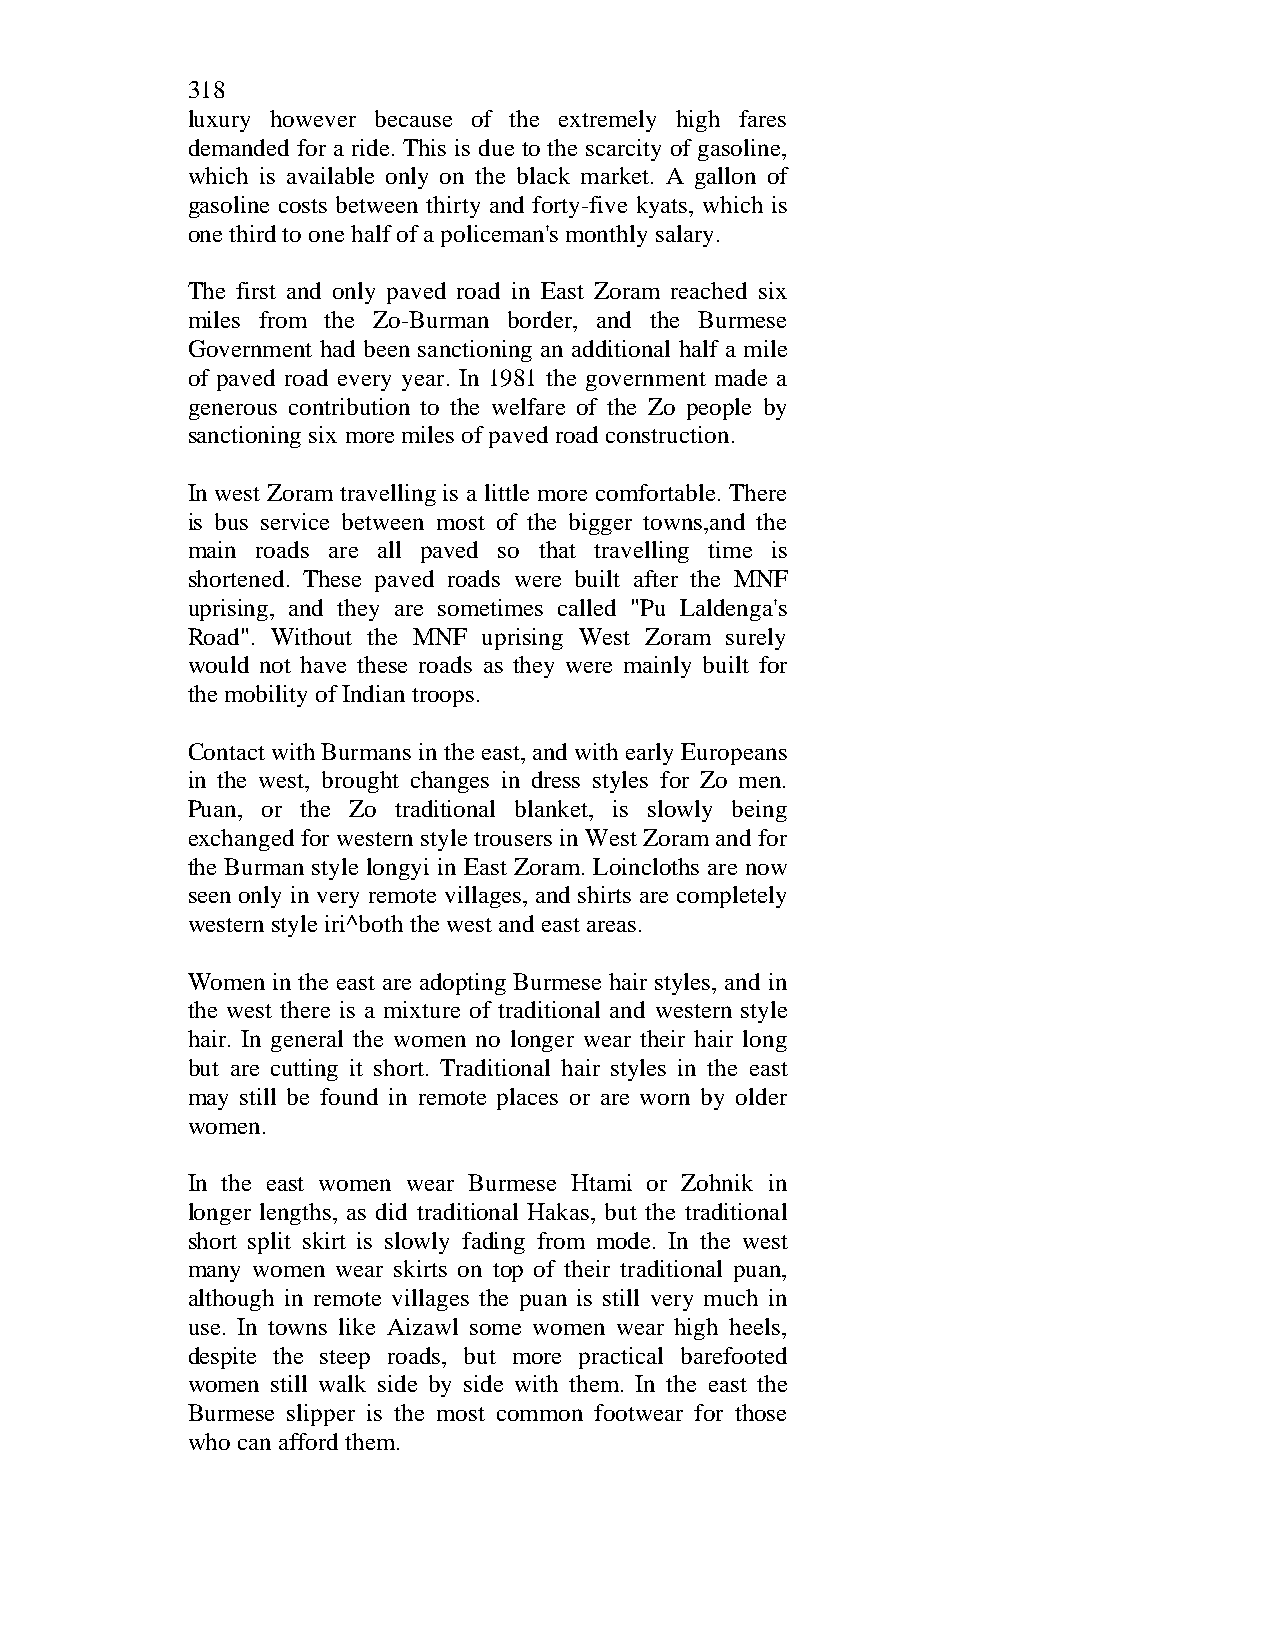
318
 luxury however because of the extremely high fares
 demanded for a ride. This is due to the scarcity of gasoline,
 which is available only on the black market. A gallon of
 gasoline costs between thirty and forty-five kyats, which is
 one third to one half of a policeman's monthly salary.
 The first and only paved road in East Zoram reached six
 miles from the Zo-Burman border, and the Burmese
 Government had been sanctioning an additional half a mile
 of paved road every year. In 1981 the government made a
 generous contribution to the welfare of the Zo people by
 sanctioning six more miles of paved road construction.
 In west Zoram travelling is a little more comfortable. There
 is bus service between most of the bigger towns,and the
 main roads are all paved so that travelling time is
 shortened. These paved roads were built after the MNF
 uprising, and they are sometimes called "Pu Laldenga's
 Road". Without the MNF uprising West Zoram surely
 would not have these roads as they were mainly built for
 the mobility of Indian troops.
 Contact with Burmans in the east, and with early Europeans
 in the west, brought changes in dress styles for Zo men.
 Puan, or the Zo traditional blanket, is slowly being
 exchanged for western style trousers in West Zoram and for
 the Burman style longyi in East Zoram. Loincloths are now
 seen only in very remote villages, and shirts are completely
 western style iri^both the west and east areas.
 Women in the east are adopting Burmese hair styles, and in
 the west there is a mixture of traditional and western style
 hair. In general the women no longer wear their hair long
 but are cutting it short. Traditional hair styles in the east
 may still be found in remote places or are worn by older
 women.
 In the east women wear Burmese Htami or Zohnik in
 longer lengths, as did traditional Hakas, but the traditional
 short split skirt is slowly fading from mode. In the west
 many women wear skirts on top of their traditional puan,
 although in remote villages the puan is still very much in
 use. In towns like Aizawl some women wear high heels,
 despite the steep roads, but more practical barefooted
 women still walk side by side with them. In the east the
 Burmese slipper is the most common footwear for those
 who can afford them.